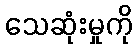
သေဆုံးမှုကို